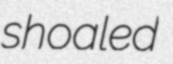
shoaled